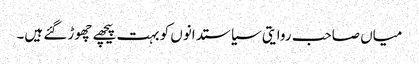
میاں صاحب روایتی سیاستدانوں کو بہت پیچھے چھوڑ گئے ہیں۔